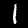
Digit: 1